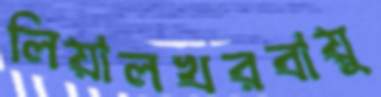
লিয়ালখরবায়ু